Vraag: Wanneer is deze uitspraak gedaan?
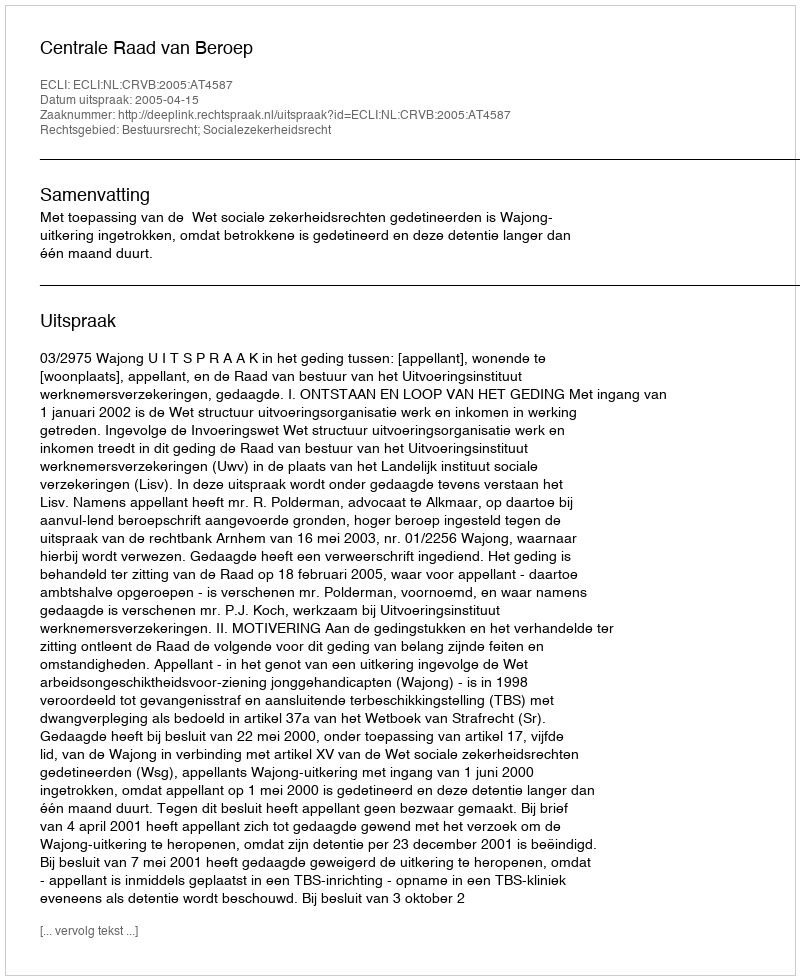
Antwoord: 2005-04-15